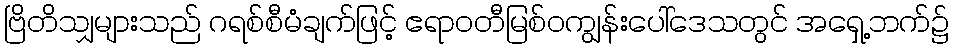
ဗြိတိသျှများသည် ဂရစ်စီမံချက်ဖြင့် ဧရာဝတီမြစ်ဝကျွန်းပေါ်ဒေသတွင် အရှေ့ဘက်၌